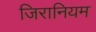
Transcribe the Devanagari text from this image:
जिरानियम